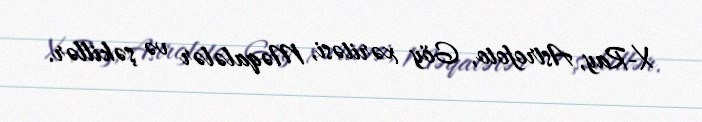
X-Ray, Astrofoto, Göy xəritəsi, Məqalələr və şəkillər.